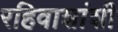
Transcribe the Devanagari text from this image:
रहिवाशांशी